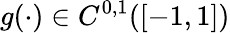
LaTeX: g(\cdot)\in C^{0,1}([-1,1])